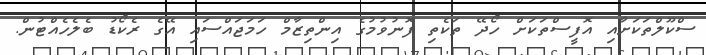
ސްކޫލްތަކަށާއި އޮފީސްތަކަށް ހޯދޭ ތަކެތި ފޮނުވުމުގެ އިންތިޒާމް ހަމަޖައްސައި އޭގެ ރެކޯޑު ބެލެހެއްޓުން.